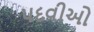
પદવીઓ